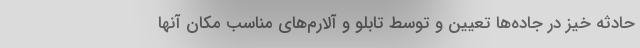
حادثه خیز در جاده‌ها تعیین و توسط تابلو و آلارم‌های مناسب مکان آنها